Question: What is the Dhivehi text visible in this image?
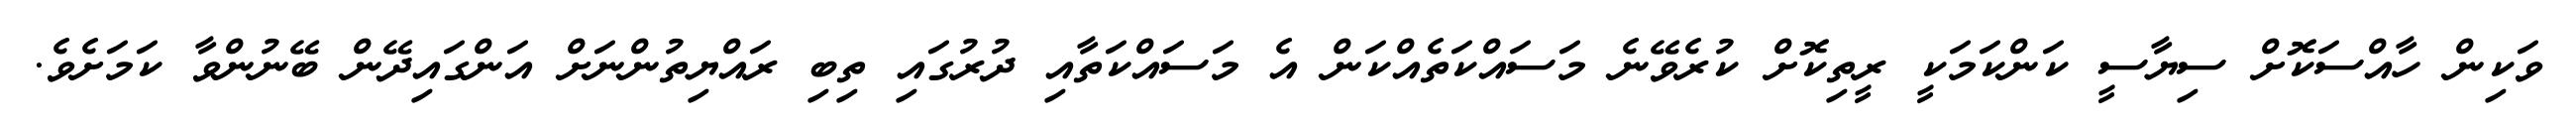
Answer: ވަކިން ހާއްސަކޮށް ސިޔާސީ ކަންކަމަކީ ރީތިކޮށް ކުރެވޭނެ މަސައްކަތެއްކަން އެ މަސައްކަތާއި ދުރުގައި ތިބި ރައްޔިތުންނަށް އަންގައިދޭން ބޭނުންވާ ކަމަށެވެ.